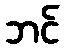
ဘင်